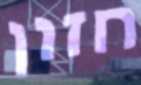
חזון